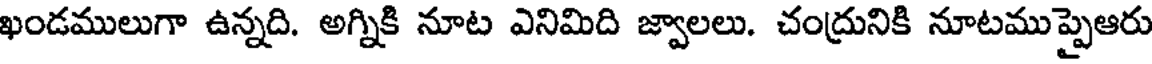
ఖండములుగా ఉన్నది. అగ్నికి నూట ఎనిమిది జ్వాలలు. చంద్రునికి నూటముప్పైఆరు